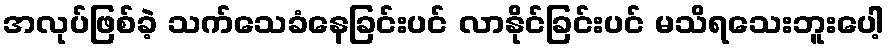
အလုပ်ဖြစ်ခဲ့ သက်သေခံနေခြင်းပင် လာနိုင်ခြင်းပင် မသိရသေးဘူးပေါ့